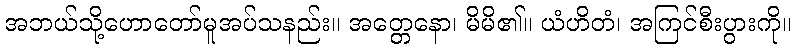
အဘယ်သို့ဟောတော်မူအပ်သနည်း။ အတ္တေနော၊ မိမိ၏။ ယံဟိတံ၊ အကြင်စီးပွားကို။